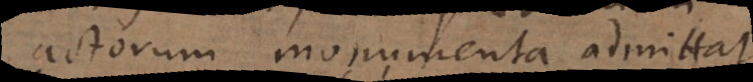
actorum monumenta admi